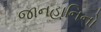
જાનહાનિનો